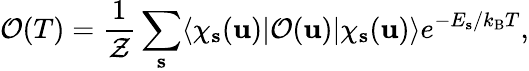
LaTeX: \mathcal{O}(T)=\frac{1}{\mathcal{Z}}\sum_{\mathbf{s}}\langle\chi_{\mathbf{s}}(\mathbf{u})|\mathcal{O}(\mathbf{u})|\chi_{\mathbf{s}}(\mathbf{u})\rangle e^{-E_{\mathbf{s}}/k_{\mathrm{B}}T},